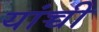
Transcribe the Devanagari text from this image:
यांच्ची